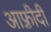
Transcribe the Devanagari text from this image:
आफ़्रीदी